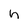
Character: n